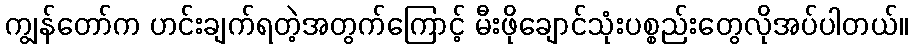
ကျွန်တော်က ဟင်းချက်ရတဲ့အတွက်ကြောင့် မီးဖိုချောင်သုံးပစ္စည်းတွေလိုအပ်ပါတယ်။